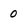
Character: 0